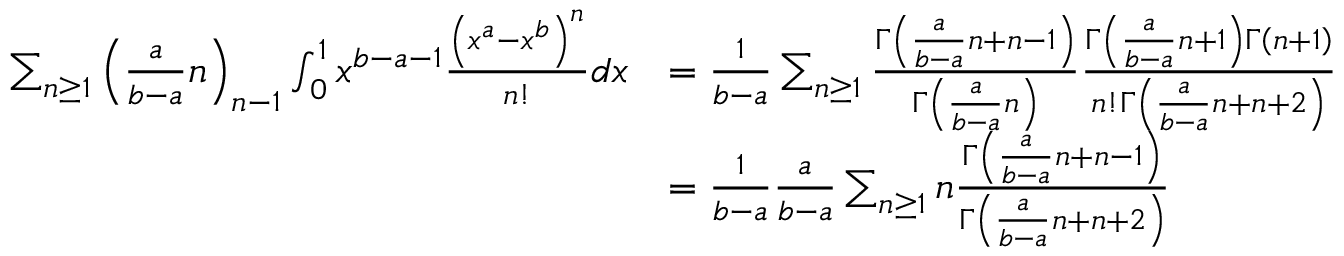
\begin{array} { r l } { \sum _ { n \ge 1 } \left( \frac { a } { b - a } n \right) _ { n - 1 } \int _ { 0 } ^ { 1 } x ^ { b - a - 1 } \frac { \left( x ^ { a } - x ^ { b } \right) ^ { n } } { n ! } d x } & { = \frac { 1 } { b - a } \sum _ { n \ge 1 } \frac { \Gamma \left( \frac { a } { b - a } n + n - 1 \right) } { \Gamma \left( \frac { a } { b - a } n \right) } \frac { \Gamma \left( \frac { a } { b - a } n + 1 \right) \Gamma \left( n + 1 \right) } { n ! \Gamma \left( \frac { a } { b - a } n + n + 2 \right) } } \\ & { = \frac { 1 } { b - a } \frac { a } { b - a } \sum _ { n \ge 1 } n \frac { \Gamma \left( \frac { a } { b - a } n + n - 1 \right) } { \Gamma \left( \frac { a } { b - a } n + n + 2 \right) } } \end{array}